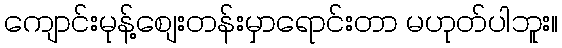
ကျောင်းမုန့်စျေးတန်းမှာရောင်းတာ မဟုတ်ပါဘူး။